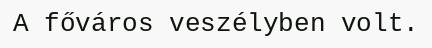
A főváros veszélyben volt.